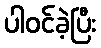
ပါဝင်ခဲ့ပြီး